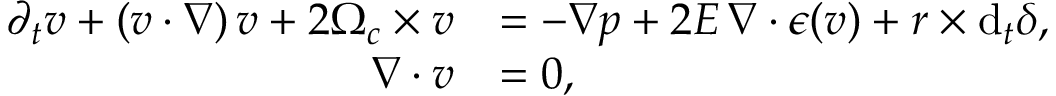
\begin{array} { r l } { \partial _ { t } \boldsymbol { v } + ( \boldsymbol { v } \boldsymbol { \cdot } \nabla ) \, \boldsymbol { v } + 2 \boldsymbol { \Omega } _ { c } \times \boldsymbol { v } } & { = - \nabla p + 2 E \, \nabla \boldsymbol { \cdot } \boldsymbol { \epsilon } ( \boldsymbol { v } ) + \boldsymbol { r } \times \mathrm { d } _ { t } \boldsymbol { \delta } , } \\ { \nabla \boldsymbol { \cdot } \boldsymbol { v } } & { = 0 , } \end{array}